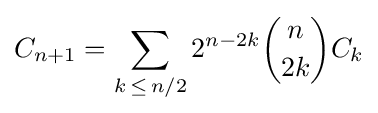
C_{n+1}=\sum _{k\,\leq \,n/2}2^{n-2k}{n \choose 2k}C_{k}